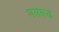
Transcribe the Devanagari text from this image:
मसरूक